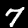
Digit: 7